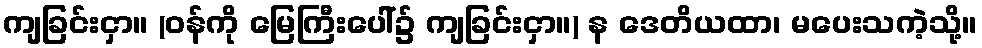
ကျခြင်းငှာ။ (ဝန်ကို မြေကြီးပေါ်၌ ကျခြင်းငှာ။) န ဒေတိယထာ၊ မပေးသကဲ့သို့။